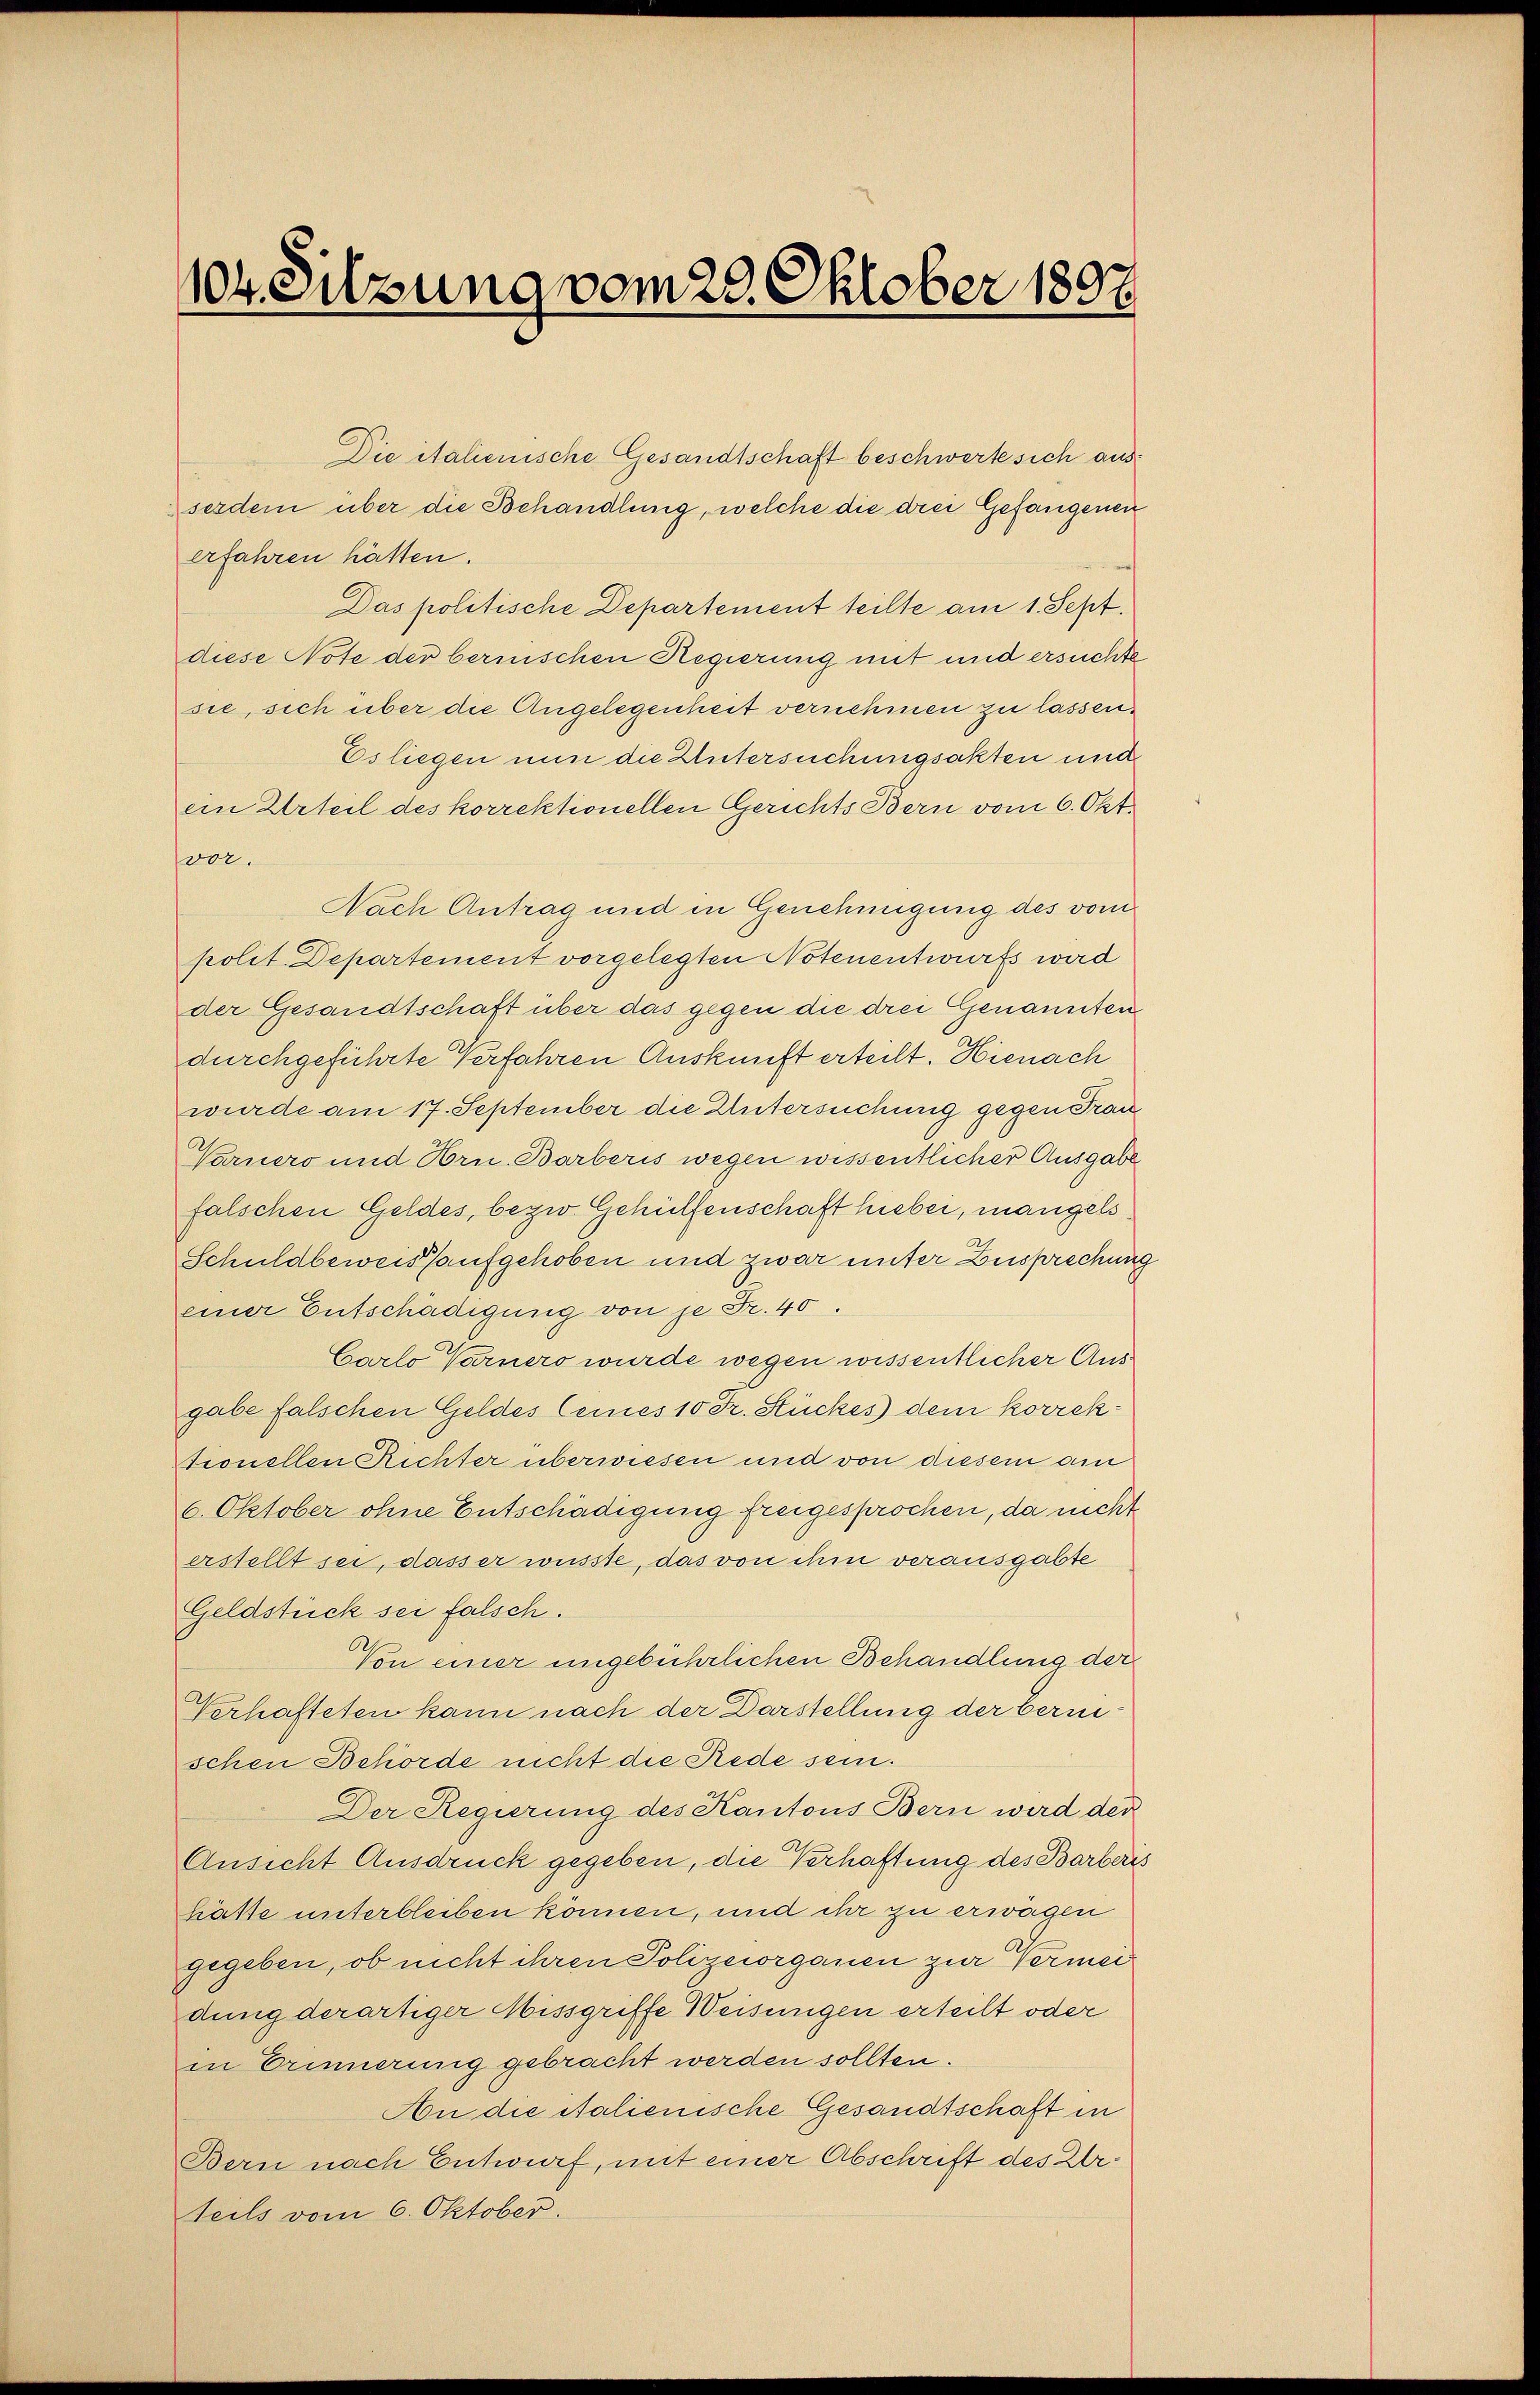
104. Sitzung vom 29. Oktober 1897

erfahren hätten.
vor.
Nach Antrag und in Genehmigung des vom
polit. Departement vorgelegten Notenentwurfs wird
der Gesandtschaft über das gegen die drei Genannten
durchgeführte Verfahren Auskunft erteilt. Hienach
wurde am 17. September die Untersuchung gegen Frau
Varuero und Hrn. Barberis wegen wissentlicher Ausgabe
falschen Geldes, begwo Gehülfenschaft hiebei, mangels
Schuldbeweis aufgehoben und zwar unter Zusprechung
einer Entschädigung von je Fr. 40.
Carlo Warnero wurde wegen wissentlicher Ausgabe falschen Geldes (eines 10 Fr. Stückes dem korrektronellen Richter überwiesen und von diesem am
6. Oktober ohne Entschädigung freigesprochen, da nicht
erstellt sei, dass er wüsste, das von ihm verausgabte
Geldstück sei falsch.
Von einer ungebührlichen Behandlung der
Verhafteten kann nach der Darstellung der berin
schen Behörde nicht die Rede sein.
Der Regierung des Kantons Bern wird der
Ansicht Ausdruck gegeben, die Verhaftung des Barberis
hätte unterbleiben können, und ihr zu erwägen
gegeben, ob nicht ihren Polizeiorganen zur Vermeidung derartiger Missgriffe Weisungen erteilt oder
in Erinnerung gebracht werden sollten.
An die italienische Gesandtschaft in
Bern nach Entwurf, mit einer Abschrift des Urteils vom 6. Oktober.

Die italienische Gesandtschaft beschwerte sich ausserdem über die Behandlung, welche die drei Gefangenen
Das politische Departement teilte am 1. Sept.
diese Note der bernischen Regierung mit und ersuchte
sie, sich über die Angelegenheit vernehmen zu lassen,
Es liegen nun die Untersuchungsakten und
ein Urteil des korrektionellen Gerichts Bern vom 6. Okt.